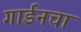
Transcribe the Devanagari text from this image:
गार्डनचा